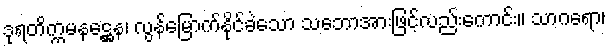
ဒုရတိက္ကမနဋ္ဌေန၊ လွန်မြောက်နိုင်ခဲသော သဘောအားဖြင့်လည်းကောင်း။ သာဂရော၊